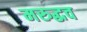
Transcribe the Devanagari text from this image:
मरुद्धव